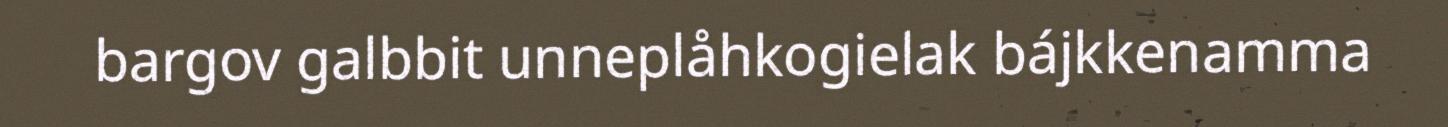
bargov galbbit unneplåhkogielak bájkkenamma